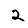
Digit: 2